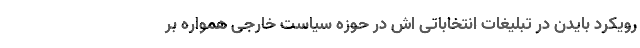
رویکرد بایدن در تبلیغات انتخاباتی اش در حوزه سیاست خارجی همواره بر